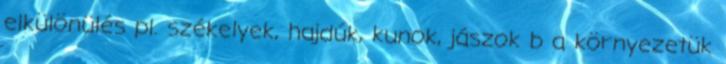
elkülönülés pl. székelyek, hajdúk, kunok, jászok b a környezetük